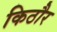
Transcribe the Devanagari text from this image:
किठौर